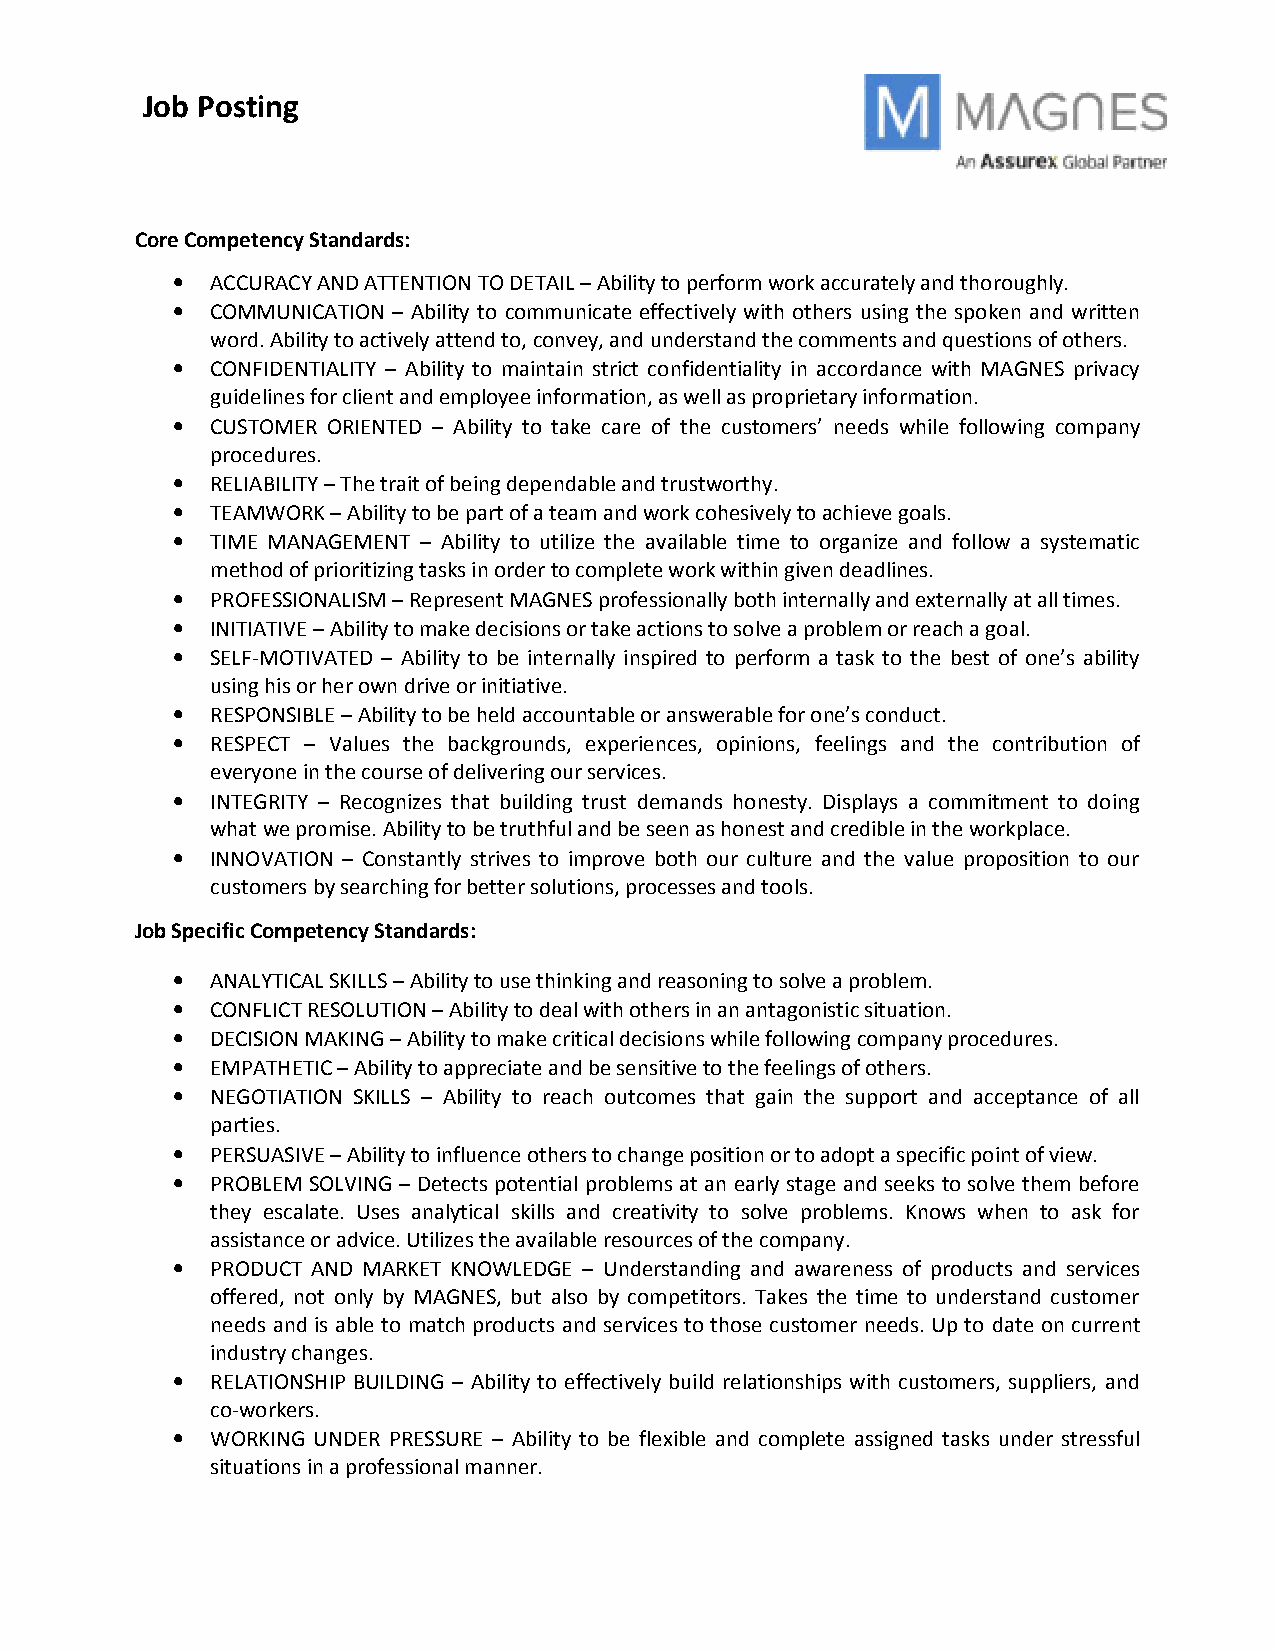
Job Posting
 CoreCompetency Standards:
 •  ACCURACY AND ATTENTION TO DETAIL–Ability to perform work accurately and thoroughly.
 •  COMMUNICATION – Ability to communicate effectively with others using the spoken and written
 word. Ability to actively attend to, convey, and understand the comments and questions of others.
 •  CONFIDENTIALITY – Ability to maintain strict confidentiality in accordance with MAGNES privacy
 guidelines for client and employee information, as well as proprietary information.
 •  CUSTOMER ORIENTED – Ability to take care of the customers’ needs while following company
 procedures.
 •  RELIABILITY–The trait of being dependable and trustworthy.
 •  TEAMWORK–Ability to be part of a team and work cohesively to achieve goals.
 •  TIME MANAGEMENT – Ability to utilize the available time to organize and follow a systematic
 method ofprioritizing tasks in order to complete work within given deadlines.
 •  PROFESSIONALISM–Represent MAGNES professionally both internally and externally at all times.
 •  INITIATIVE–Ability to make decisions or take actions to solve a problem or reach a goal.
 •  SELF-MOTIVATED – Ability to be internally inspired to perform a task to the best of one’s ability
 using his or her own drive or initiative.
 •  RESPONSIBLE–Ability to be held accountable or answerable for one’s conduct.
 •  RESPECT – Values the backgrounds, experiences, opinions, feelings and the contribution of
 everyone in the course of delivering our services.
 •  INTEGRITY – Recognizes that building trust demands honesty. Displays a commitment to doing
 what we promise. Ability to be truthful and be seen as honest and credible in the workplace.
 •  INNOVATION – Constantly strives to improve both our culture and the value proposition to our
 customers by searching for better solutions, processes and tools.
 JobSpecific Competency Standards:
 •  ANALYTICAL SKILLS–Ability to use thinking and reasoning to solve a problem.
 •  CONFLICT RESOLUTION–Ability to deal with others in an antagonistic situation.
 •  DECISION MAKING–Ability to make critical decisions while following company procedures.
 •  EMPATHETIC–Ability to appreciate and be sensitive to the feelings of others.
 •  NEGOTIATION SKILLS – Ability to reach outcomes that gain the support and acceptance of all
 parties.
 •  PERSUASIVE–Ability to influence others to change position or to adopt a specific point of view.
 •  PROBLEM SOLVING – Detects potential problems at an early stage and seeks to solve them before
 they escalate. Uses analytical skills and creativity to solve problems. Knows when to ask for
 assistance or advice. Utilizes the available resources of the company.
 •  PRODUCT AND MARKET KNOWLEDGE – Understanding and awareness of products and services
 offered, not only by MAGNES, but also by competitors. Takes the time to understand customer
 needs and is able to match products and services to those customer needs. Up to date on current
 industry changes.
 •  RELATIONSHIP BUILDING – Ability to effectively build relationships with customers, suppliers, and
 co-workers.
 •  WORKING UNDER PRESSURE – Ability to be flexible and complete assigned tasks under stressful
 situations in a professional manner.